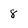
Character: 8